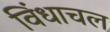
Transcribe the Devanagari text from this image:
विंधाचल